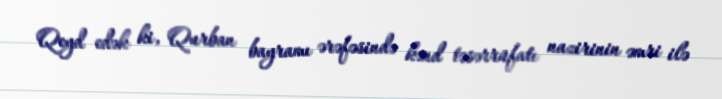
Qeyd edək ki, Qurban bayramı ərəfəsində kənd təsərrüfatı nazirinin əmri ilə